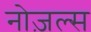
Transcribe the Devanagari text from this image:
नोज़ल्स